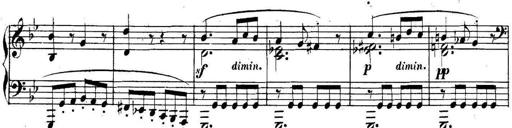
Title: Collected Piano Sonatas
Composer: Muzio Clementi